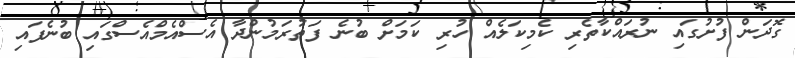
ގޮދަން ފުށުގައި ނުރައްކާތެރި ކެމިކަލެއް ހުރި ކަމަށް ބުނެ ފަތުރަމުންދާ އެސްއެމްއެސްގައި ބުނެފައި